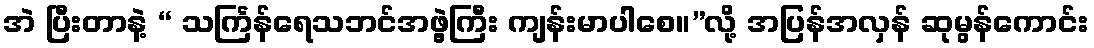
အဲ ပြီးတာနဲ့ “ သင်္ကြန်ရေသဘင်အဖွဲ့ကြီး ကျန်းမာပါစေ။”လို့ အပြန်အလှန် ဆုမွန်ကောင်း